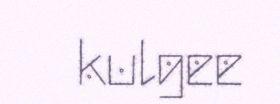
kulgee